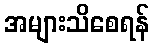
အများသိစေရန်